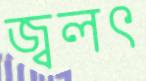
জ্বলৎ